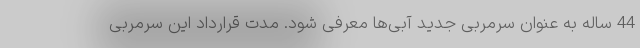
44 ساله به عنوان سرمربی جدید آبی‌ها معرفی شود. مدت قرارداد این سرمربی